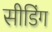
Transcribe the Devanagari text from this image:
सीडिंग